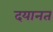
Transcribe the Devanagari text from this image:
दयानत